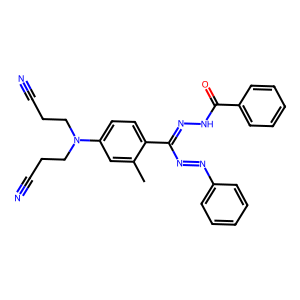
SMILES: Cc1cc(N(CCC#N)CCC#N)ccc1C(N=Nc1ccccc1)=NNC(=O)c1ccccc1
Inhibits HIV replication: No